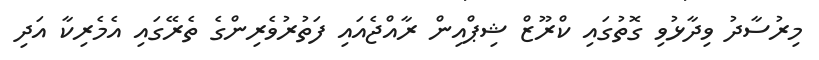
މިރުސާދު ވިދާޅުވި ގޮތުގައި ކްރޫޒް ޝިޕްއިން ރާއްޖެއައި ފަތުރުވެރިންގެ ތެރޭގައި އެމެރިކާ އަދި